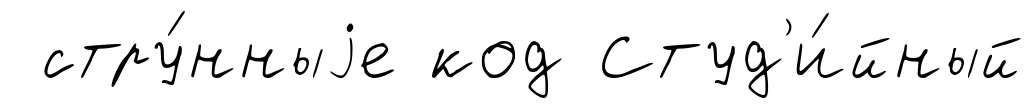
стру́нныjе код Студ'и́йный